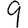
Digit: 9